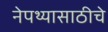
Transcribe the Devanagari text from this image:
नेपथ्यासाठीचे